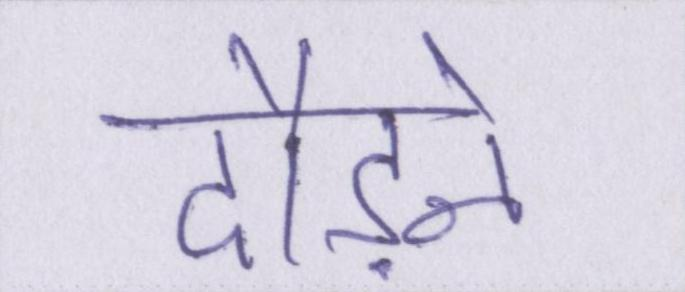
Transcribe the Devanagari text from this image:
दौड़ने